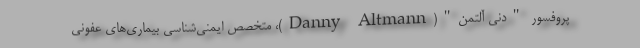
پروفسور "دنی آلتمن"(Danny Altmann)، متخصص ایمنی‌شناسی بیماری‌های عفونی